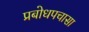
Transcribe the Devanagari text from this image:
प्रबोधपचासा